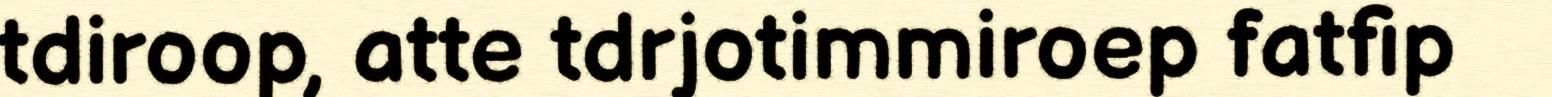
tdiroop, atte tdrjotimmiroep fatfip